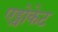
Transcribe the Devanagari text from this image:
एड्वोकेट